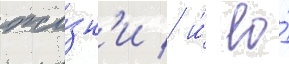
жи́зн'и / и́ ео́